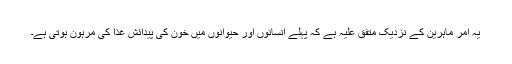
یہ امر ماہرین کے نزدیک متفق علیہ ہے کہ پہلے انسانوں اور حیوانوں میں خون کی پیدائش غذا کی مرہون ہوتی ہے۔